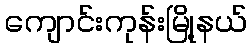
ကျောင်းကုန်းမြို့နယ်